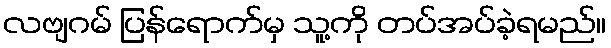
လဗျဂမ် ပြန်ရောက်မှ သူ့ကို တပ်အပ်ခဲ့ရမည်။